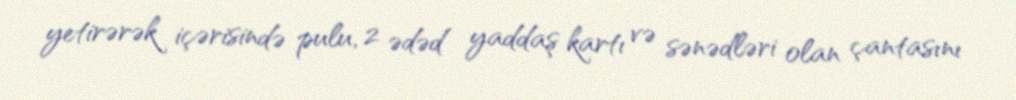
yetirərək içərisində pulu, 2 ədəd yaddaş kartı və sənədləri olan çantasını